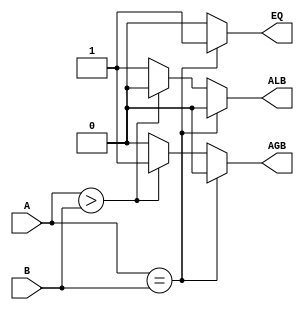
`timescale 1ns/100ps

module four_bit_comparator(A,B,EQ,AGB,ALB);
input wire [3:0] A,B;
output reg EQ,AGB,ALB;

always@(A,B) begin

 if(A==B) begin
 EQ<=1;
 AGB<=0;
 ALB<=0;

 end

 else if(A>B) begin
 EQ<=0;
 AGB<=1;
 ALB<=0;

 end

 else begin
 EQ<=0;
 AGB<=0;
 ALB<=1;

 end

 end

endmodule

module tb_4bit_comparator();
reg [3:0] A,B;
wire EQ,AGB,ALB;

four_bit_comparator test_fourbit_comp(A,B,EQ,AGB,ALB);

initial begin

A=4'b0000; B=4'b0000;
#250 A=4'b0001; B=4'b1000;
#250 A=4'b0110; B=4'b1000;
#250 A=4'b1011; B=4'b1010;
#250 A=4'b0110; B=4'b1010;
#250 A=4'b0100; B=4'b1110;

end

endmodule